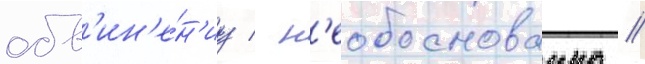
обв'ин'е́н'иу / н'еобоснованно //